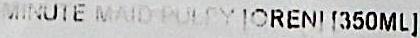
MINUTE MAID PULPY [OREN] [350ML]